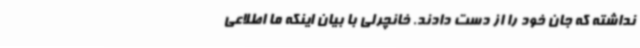
نداشته که جان خود را از دست دادند. خانچرلی با بیان اینکه ما اطلاعی